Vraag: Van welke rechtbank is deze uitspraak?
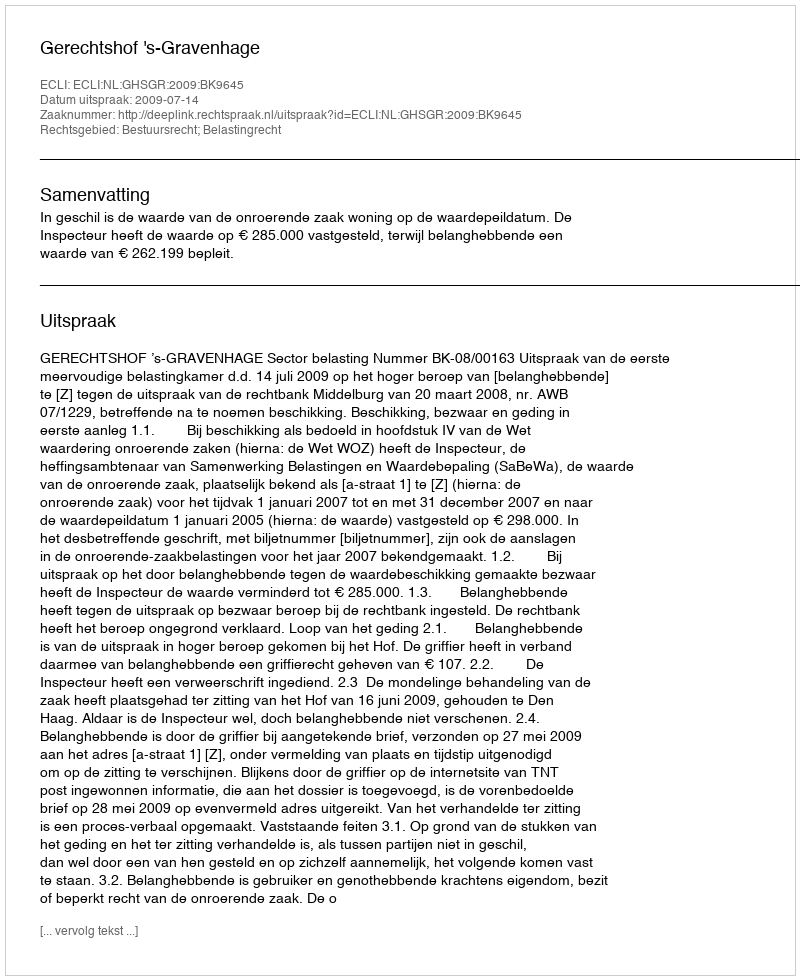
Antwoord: Gerechtshof 's-Gravenhage